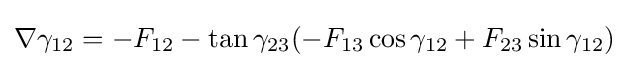
\nabla \gamma _{12}=-F_{12}-\tan {\gamma }_{23}(-F_{13}\cos \gamma _{12}+F_{23}\sin \gamma _{12})